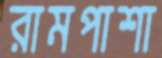
রামপাশা